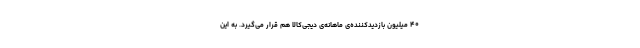
۴۰ میلیون بازدید‌کننده‌ی ماهانه‌ی دیجی‌کالا هم قرار می‌گیرد. به این